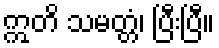
ဣတိ သမတ္တံ၊ ပြီးပြီ။